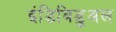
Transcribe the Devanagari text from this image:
इंडिविडुअल